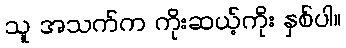
သူ အသက်က ကိုးဆယ့်ကိုး နှစ်ပါ။